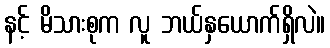
နင့် မိသားစုက လူ ဘယ်နှယောက်ရှိလဲ။